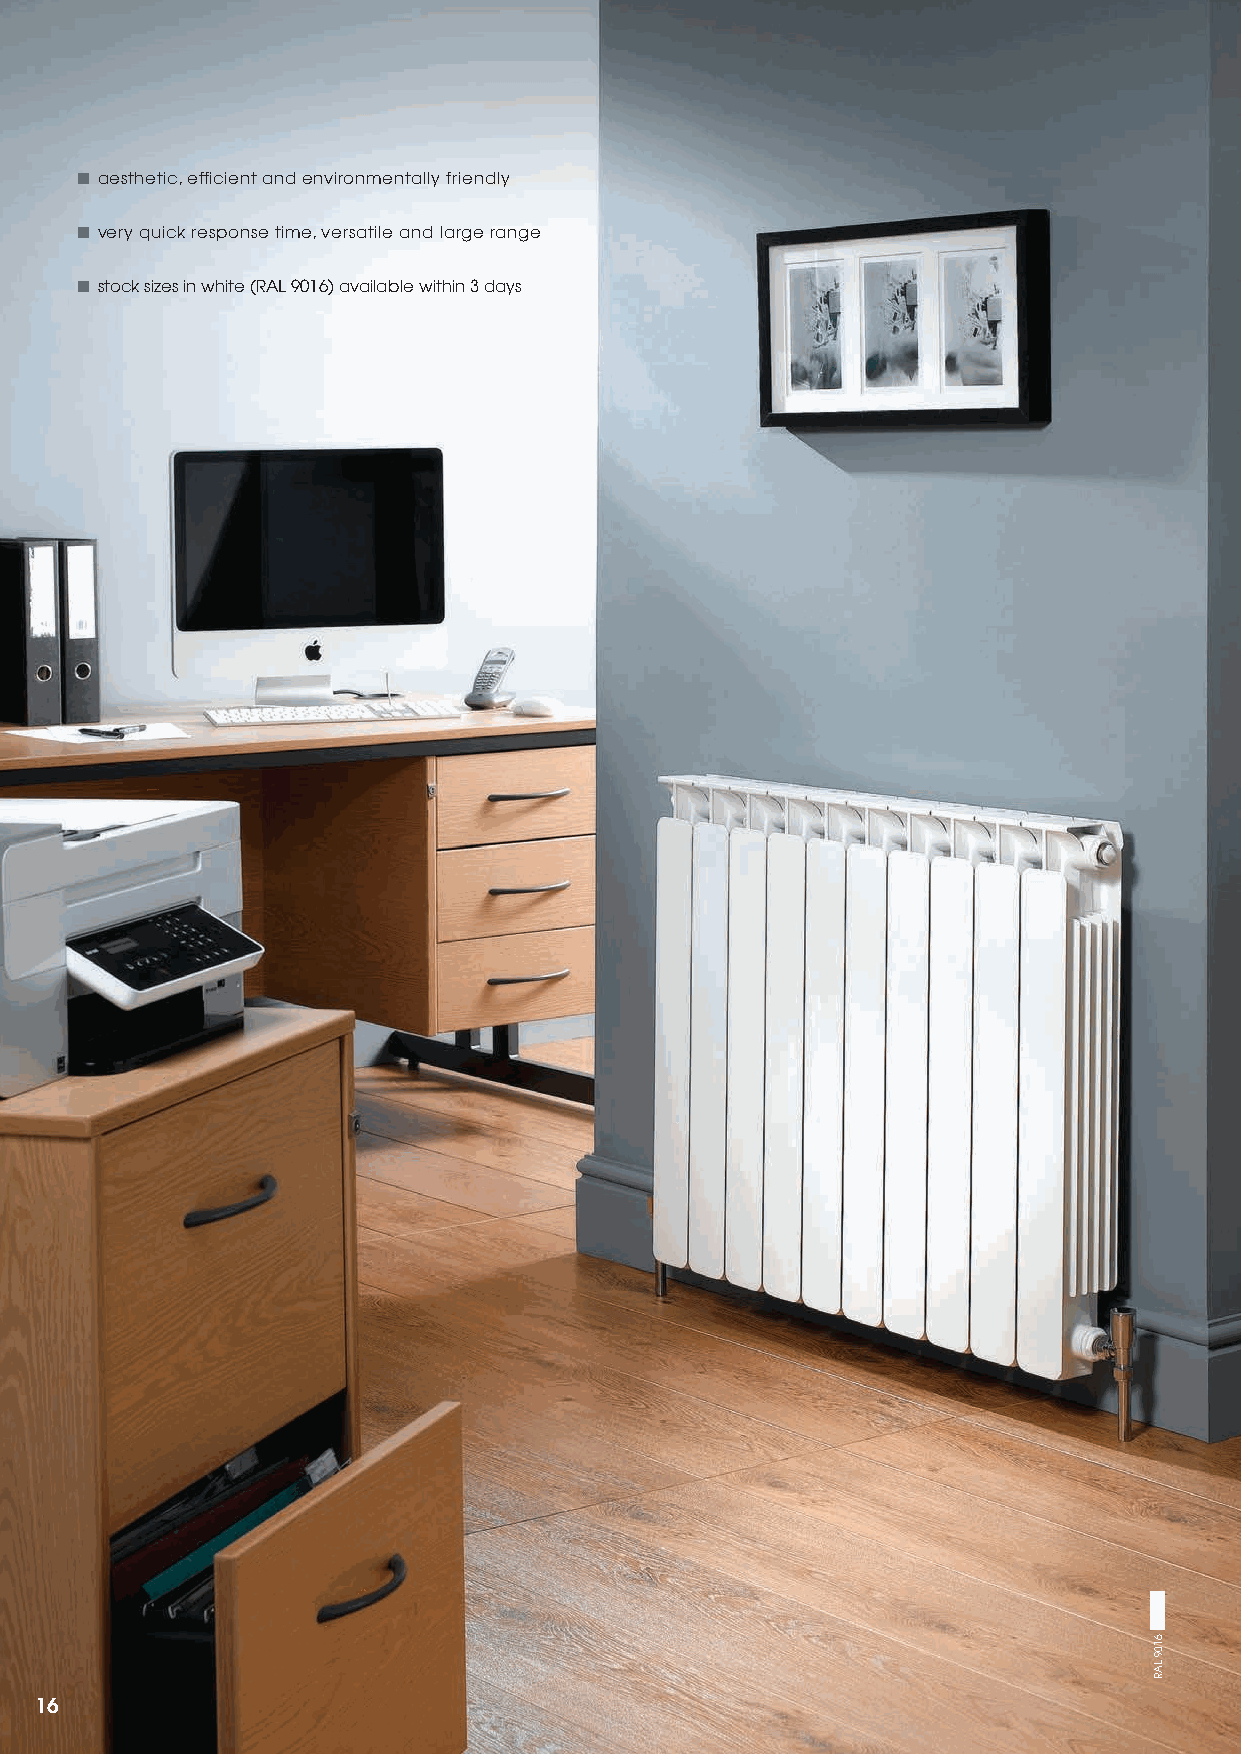
■ aesthetic, efficient and environmentally friendly
 ■ very quick response time, versatile and large range
 ■ stock sizes in white (RAL 9016) available within 3 days
 16
 6109
 LAR